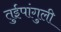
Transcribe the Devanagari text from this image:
तुईपांगुली